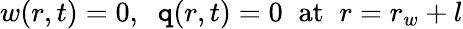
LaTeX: w(r,t)=0,\; \; \mathtt{q}(r,t)=0\; \; \mathrm{{at}}\; \; r=r_{w}+l